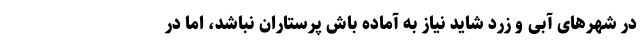
در شهر‌های آبی و زرد شاید نیاز به آماده باش پرستاران نباشد، اما در